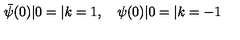
{ \bar { \psi } } ( 0 ) | 0 = | k = 1 , \quad \psi ( 0 ) | 0 = | k = - 1